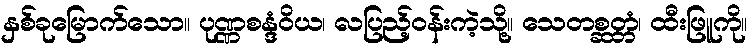
နှစ်ခုမြောက်သော။ ပုဏ္ဏစန္ဒံဝိယ၊ လပြည့်ဝန်းကဲ့သို့။ သေတစ္ဆတ္တံ၊ ထီးဖြူကို။